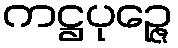
ကဋ္ဌပုဉ္ဇေ